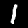
Digit: 1